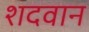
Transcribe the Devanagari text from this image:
शदवान